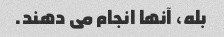
بله، آنها انجام می دهند.